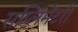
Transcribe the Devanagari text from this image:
सप्लिमेंटरी